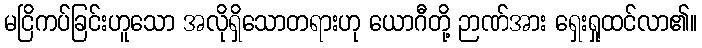
မငြိကပ်ခြင်းဟူသော အလိုရှိသောတရားဟု ယောဂီတို့ ဉာဏ်အား ရှေးရှုထင်လာ၏။